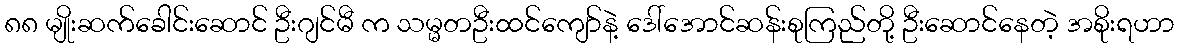
၈၈ မျိုးဆက်ခေါင်းဆောင် ဦးဂျင်မီ က သမ္မတဦးထင်ကျော်နဲ့ ဒေါ်အောင်ဆန်းစုကြည်တို့ ဦးဆောင်နေတဲ့ အစိုးရဟာ